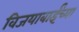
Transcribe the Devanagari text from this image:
विजयाबाईंच्या